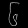
Digit: ၆